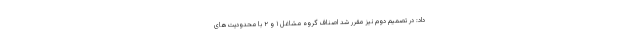
داد: در تصمیم دوم نیز مقرر شد اصناف گروه مشاغل ۱ و ۲ با محدودیت‌های